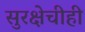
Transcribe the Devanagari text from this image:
सुरक्षेचीही